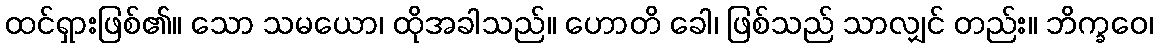
ထင်ရှားဖြစ်၏။ သော သမယော၊ ထိုအခါသည်။ ဟောတိ ခေါ၊ ဖြစ်သည် သာလျှင် တည်း။ ဘိက္ခဝေ၊